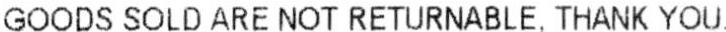
GOODS SOLD ARE NOT RETURNABLE. THANK YOU.